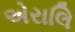
એરાલિ